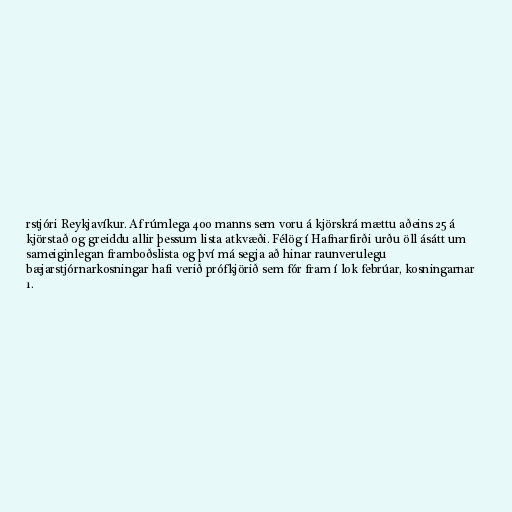
rstjóri Reykjavíkur. Af rúmlega 400 manns sem voru á kjörskrá mættu aðeins 25 á
kjörstað og greiddu allir þessum lista atkvæði. Félög í Hafnarfirði urðu öll ásátt um
sameiginlegan framboðslista og því má segja að hinar raunverulegu
bæjarstjórnarkosningar hafi verið prófkjörið sem fór fram í lok febrúar, kosningarnar
1.